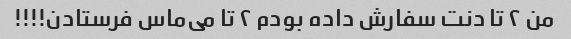
من ۲ تا دنت سفارش داده بودم ۲ تا می‌ماس فرستادن!!!!